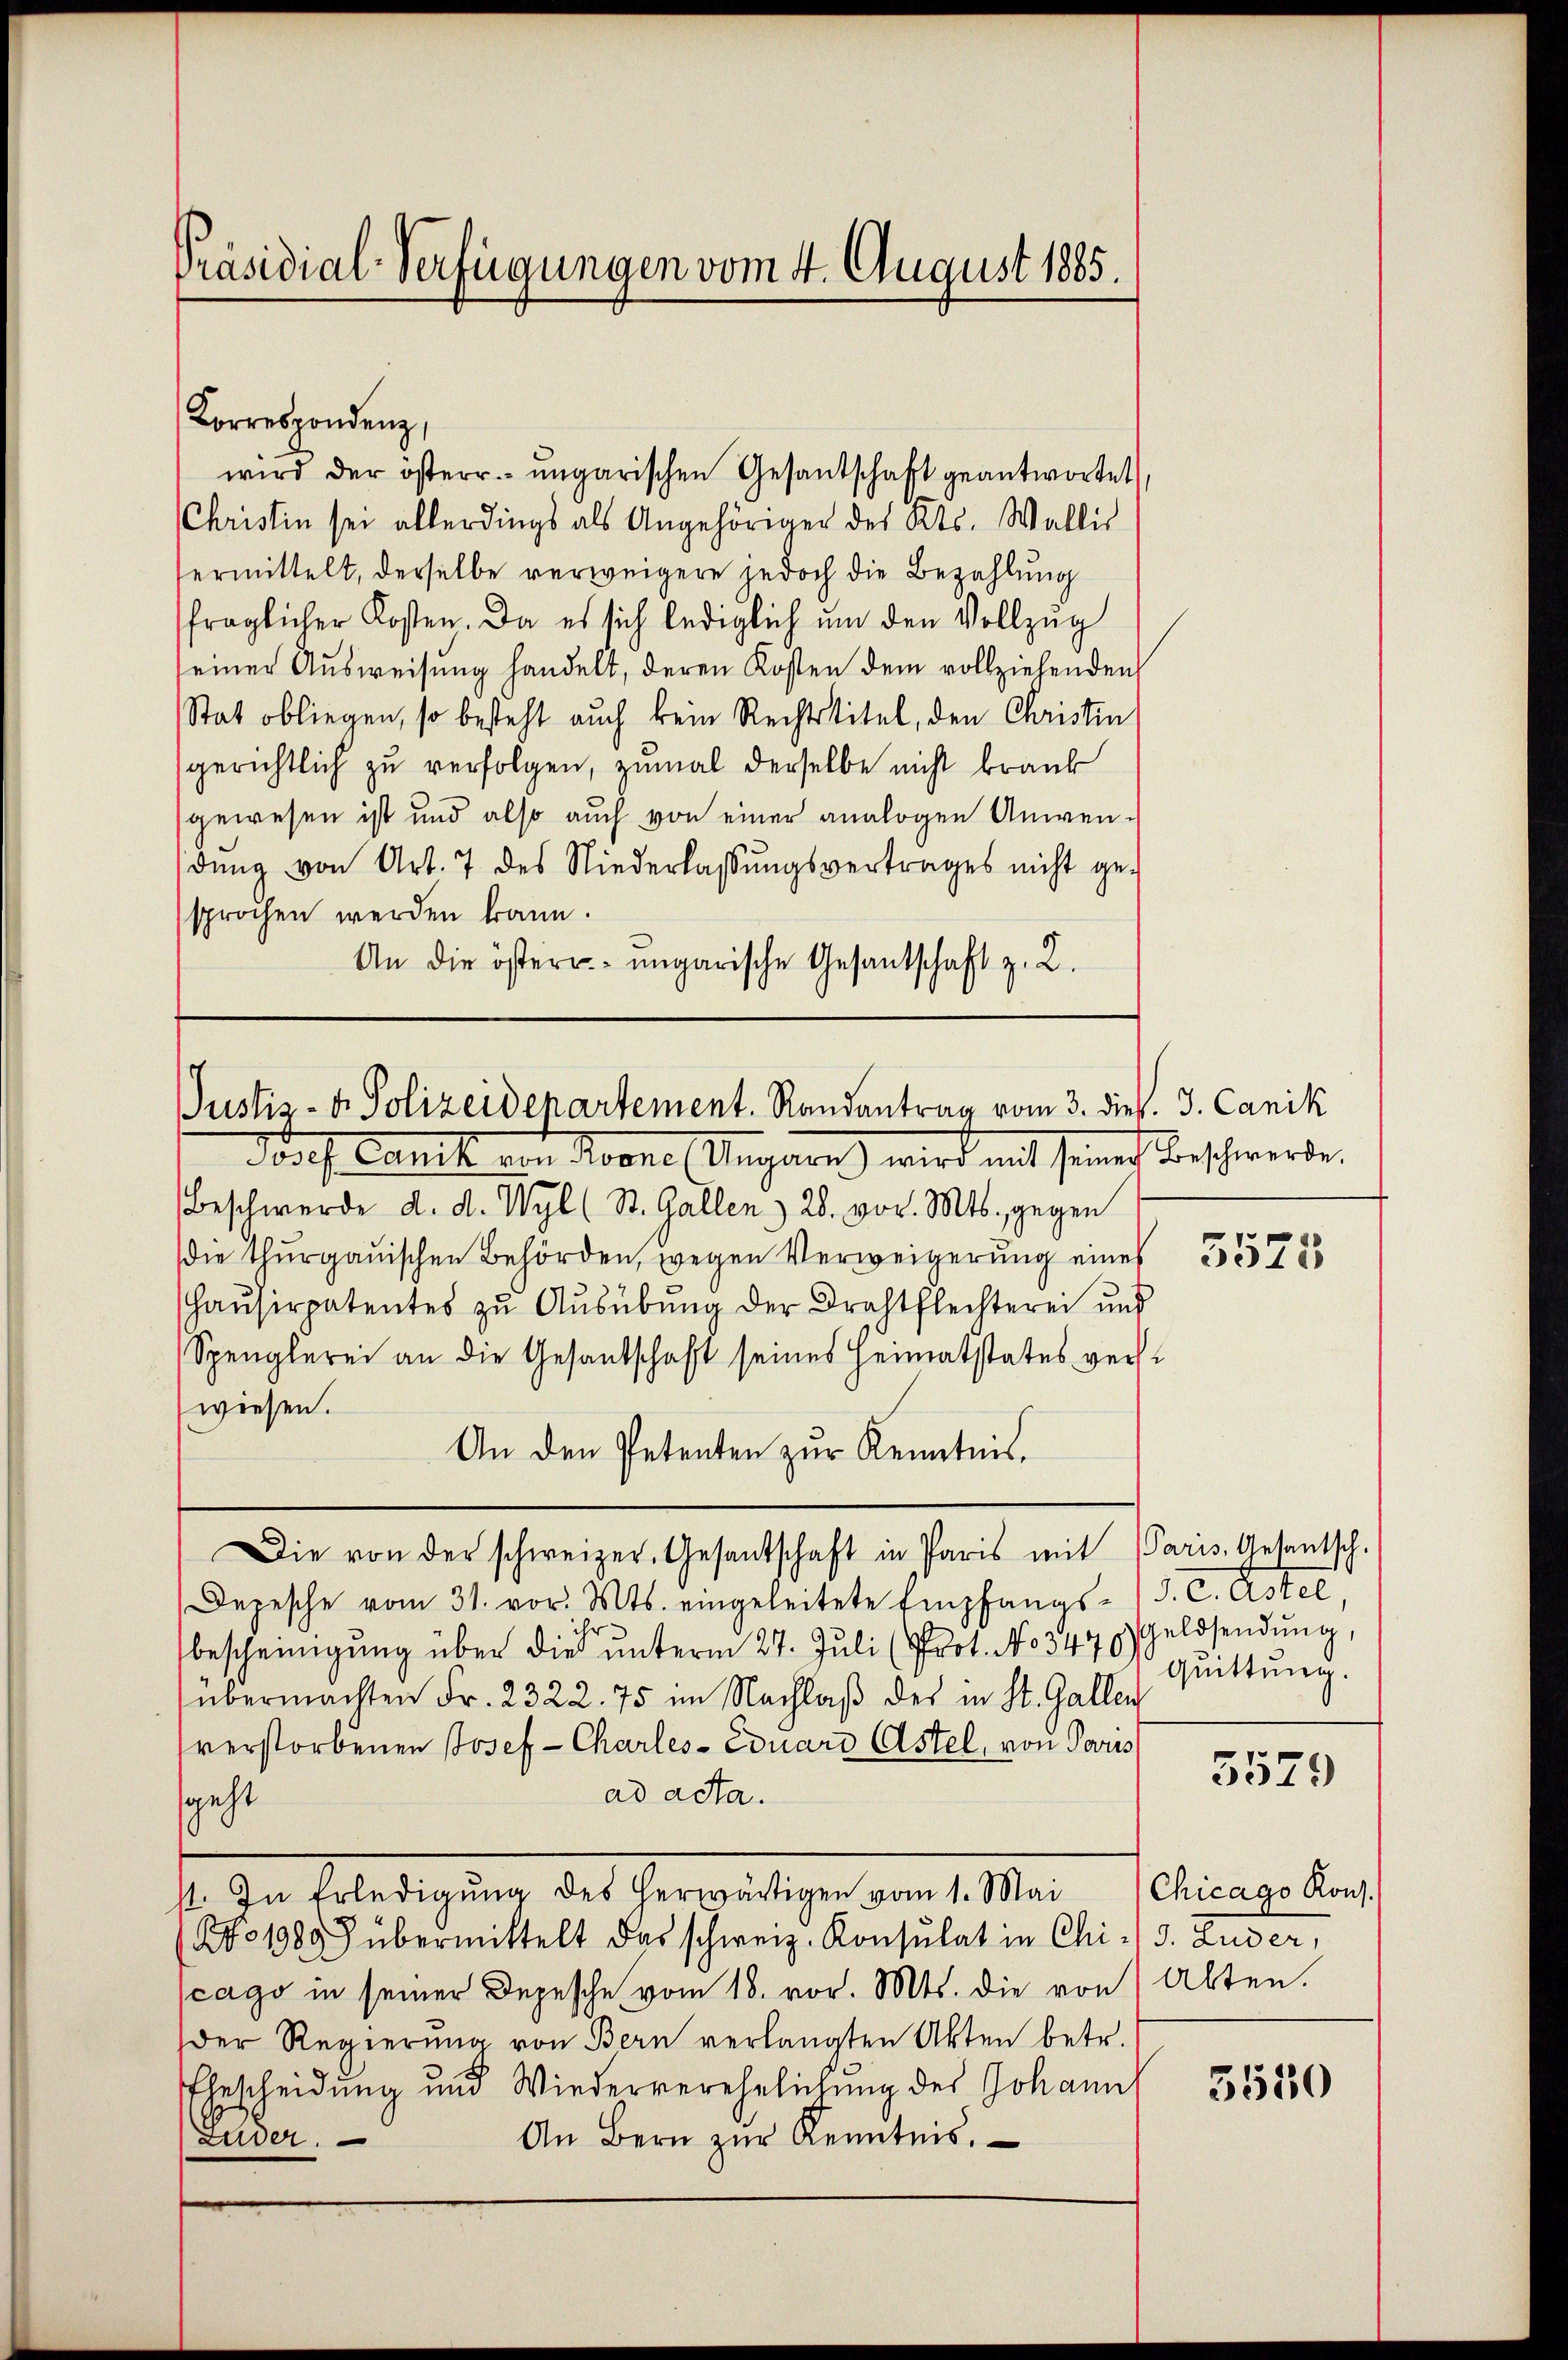
Präsidial-Verfügungen vom 4. August 1885.

Korrespondenz,
wird der österr. ungarischen Gesantschaft geantwortet,
Christin sei allerdings als Angehöriger des Kts. Wallis
ermittelt, derselbe verweigere jedoch die Bezahlung
fraglicher Kosten. Da es sich lediglich um den Vollzug
seiner Aŭsweisŭng handelt, deren Kosten dem vollziehenden
Stat obliegen, so besteht auch kein Rechtstitel, den Christin
gerichtlich zu verfolgen, zumal derselbe nicht brauk
gewesen ist und also auch von einer analogen Anwendŭng von Art. 7 des Niederlassŭngsvertrages nicht ge-
sprochen werden kann.
An die öster ungarische Gesantschaft z. R.

Justiz- & Polizeidenartement. Randantrag vom 3. die v. J. Canik

Porf. Danck von Roone Ungarn) wird mit seines Beschwerde,
Beschwerde d. d. Wyl (St. Gallen 28. vor. Mts. gegen
die Thurgauischen Behörden, wegen Verweigerung eines
(Haŭsirpatentes zŭ Aŭsübŭng der Drahtflechterei und
Spenglerei an die Gesandschaft seines Heimatstates verswiesen.
An den Petenten zur Kenntnis.
Die von der schweizer. Gesandschaft in Paris mit Paris. Gesantsch.
Depesche vom 31. vor. Mts. eingeleitete Empfangs-, J. C. Astel
hr
bescheinigŭng über die ŭnterm 27. Jŭli (Prot. No 3475) Geldsendŭng,
übermachten Fr. 2322. 75 im Nachlaß des in St. Gallen
verstorbenen Josef- Charles-Eduard Astel, von Povus
ad acta.
sgeht
st. In Erledigung des herwärtigen vom 1. Mai
(Nro 1980 übermittelt das schweiz. Konsulat in Chi - 5. Zuder,
cago in seiner Depesche vom 18. vor. Mts. die von Alten.
der Regierung von Bern verlangten Akten betr.
Ehescheidung und Wiederverehelichung des Johann
An Bern zŭr Kenntnis.
Luder.

5525

quittung.

5579

Chicago Rons.

3550